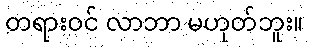
တရားဝင် လာဘာ မဟုတ်ဘူး။